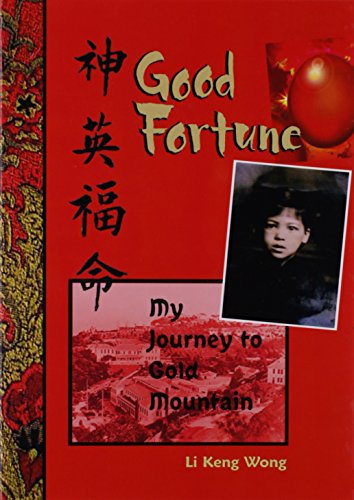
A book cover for Good Fortune: My Journey to Gold Mountain; Li Keng Wong; Children's Books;